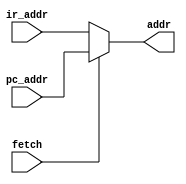
module adr(
            input fetch,
            input[12:0] ir_addr,
            input[12:0] pc_addr,
            output[12:0] addr);

  assign addr = fetch ? pc_addr : ir_addr;
  
endmodule